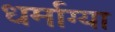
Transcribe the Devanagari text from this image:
धर्माग्या